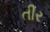
તીર